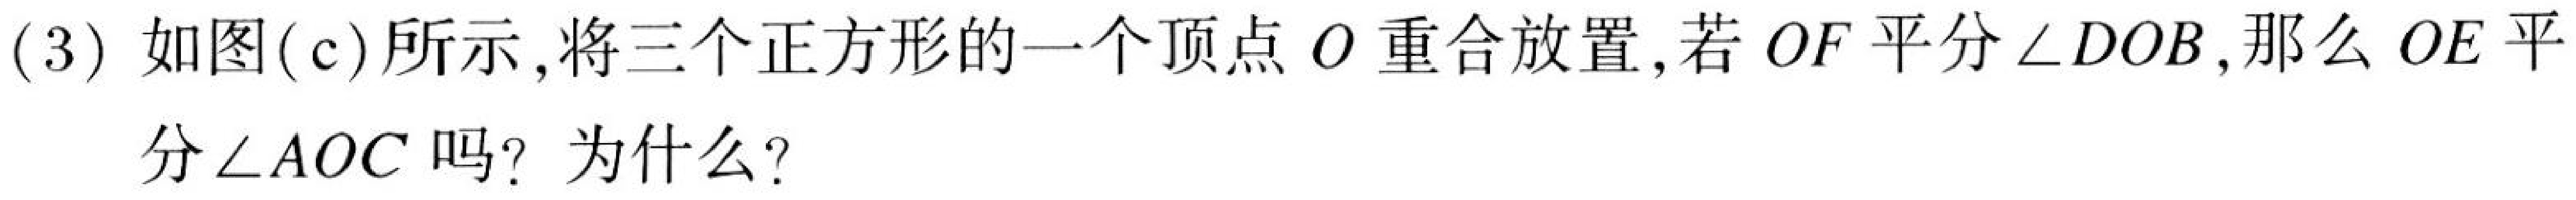
(3) 如图(c)所示,将三个正方形的一个顶点$O$重合放置,若$OF$平分$\angle DOB$,那么$OE$平分$\angle AOC$吗? 为什么?